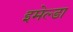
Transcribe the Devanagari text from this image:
इमेल्डा